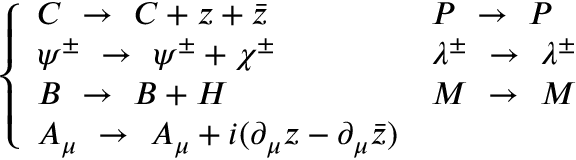
\left\{ \begin{array} { l l } { { C \ \to \ C + z + \bar { z } } } & { { P \ \to \ P } } \\ { { \psi ^ { \pm } \ \to \ \psi ^ { \pm } + \chi ^ { \pm } } } & { { \lambda ^ { \pm } \ \to \ \lambda ^ { \pm } } } \\ { { B \ \to \ B + H } } & { { M \ \to \ M } } \\ { { A _ { \mu } \ \to \ A _ { \mu } + i ( \partial _ { \mu } z - \partial _ { \mu } \bar { z } ) } } & { { } } \end{array} \right.